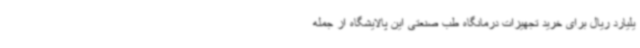
یلیارد ریال برای خرید تجهیزات درمانگاه طب صنعتی این پالایشگاه از جمله